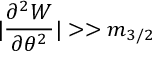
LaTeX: | \frac { \partial ^ { 2 } W } { \partial \theta ^ { 2 } } | > > m _ { 3 / 2 }